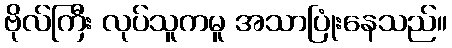
ဗိုလ်ကြီး လုပ်သူကမူ အသာပြုံးနေသည်။